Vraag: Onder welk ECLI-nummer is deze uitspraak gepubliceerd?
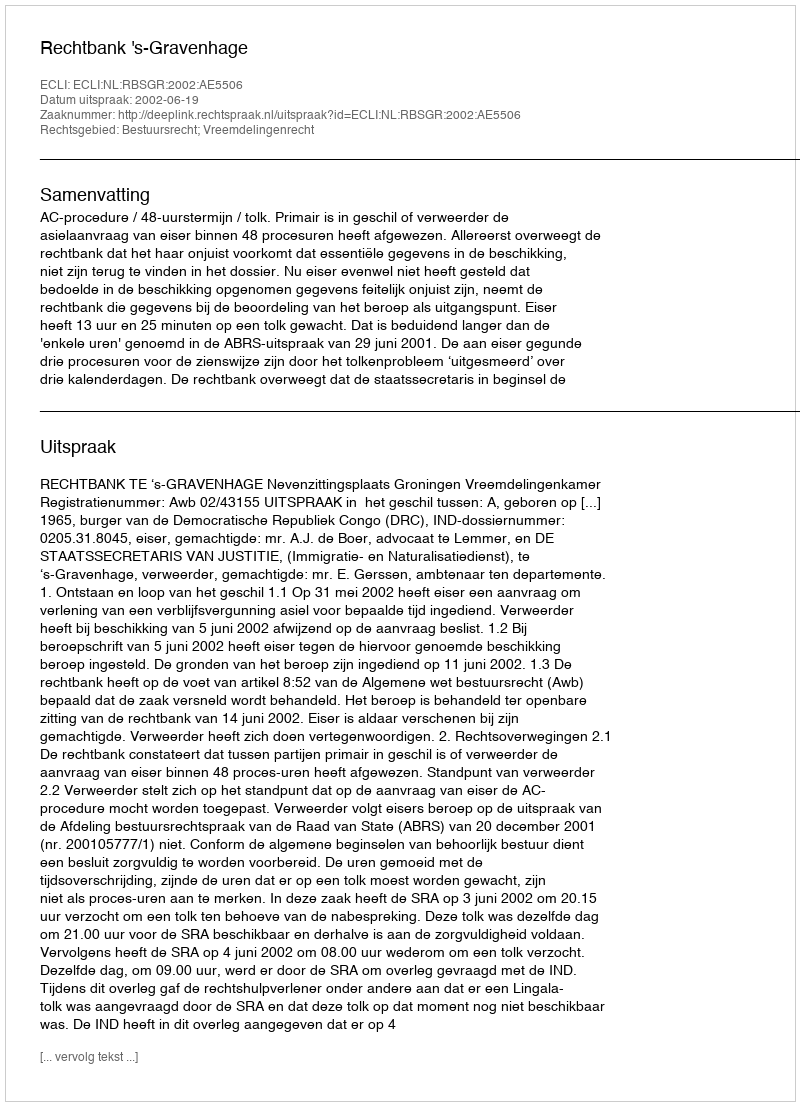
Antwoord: ECLI:NL:RBSGR:2002:AE5506